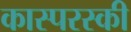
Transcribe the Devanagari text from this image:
कास्परस्की